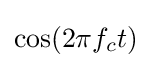
\cos(2\pi f_{c}t)